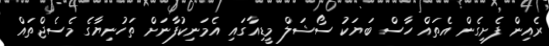
ރެއިން ފެށިގެން އެތައް ހާސް ބަޔަކު ސޯޝަލް މީޑިއާގައި އެމަނިކުފާނަށް ތަހުނިޔާގެ މެސެޖްތައް